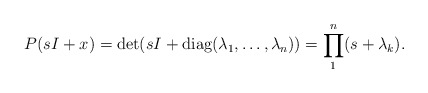
\begin{align*}\begin{aligned}P(sI+x)=\det(sI+\operatorname {diag} (\lambda_1 ,\dots,\lambda_n) )=\prod\limits_1^n(s+\lambda_k ).\end{aligned}\end{align*}